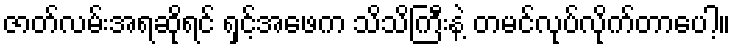
ဇာတ်လမ်းအရဆိုရင် ရှင့်အဖေက သိသိကြီးနဲ့ တမင်လုပ်လိုက်တာပေါ့။